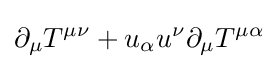
\partial _{\mu }T^{\mu \nu }+u_{\alpha }u^{\nu }\partial _{\mu }T^{\mu \alpha }